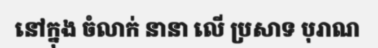
នៅក្នុង ចំលាក់ នានា លើ ប្រសាទ បុរាណ